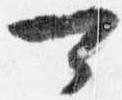
可